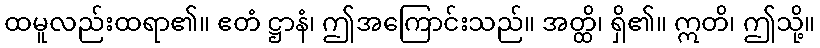
ထမူလည်းထရာ၏။ ဧတံ ဋ္ဌာနံ၊ ဤအကြောင်းသည်။ အတ္ထိ၊ ရှိ၏။ ဣတိ၊ ဤသို့။